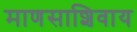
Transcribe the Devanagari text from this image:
माणसाशिवाय